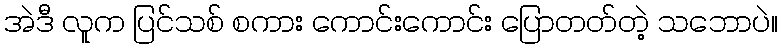
အဲဒီ လူက ပြင်သစ် စကား ကောင်းကောင်း ပြောတတ်တဲ့ သဘောပဲ။